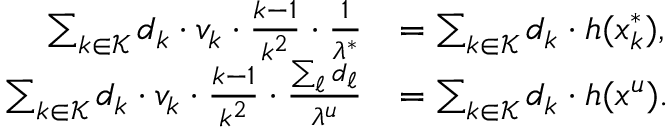
\begin{array} { r l } { \sum _ { k \in \mathcal { K } } d _ { k } \cdot v _ { k } \cdot \frac { k - 1 } { k ^ { 2 } } \cdot \frac { 1 } { \lambda ^ { * } } } & { = \sum _ { k \in \mathcal { K } } d _ { k } \cdot h ( x _ { k } ^ { * } ) , } \\ { \sum _ { k \in \mathcal { K } } d _ { k } \cdot v _ { k } \cdot \frac { k - 1 } { k ^ { 2 } } \cdot \frac { \sum _ { \ell } d _ { \ell } } { \lambda ^ { u } } } & { = \sum _ { k \in \mathcal { K } } d _ { k } \cdot h ( x ^ { u } ) . } \end{array}